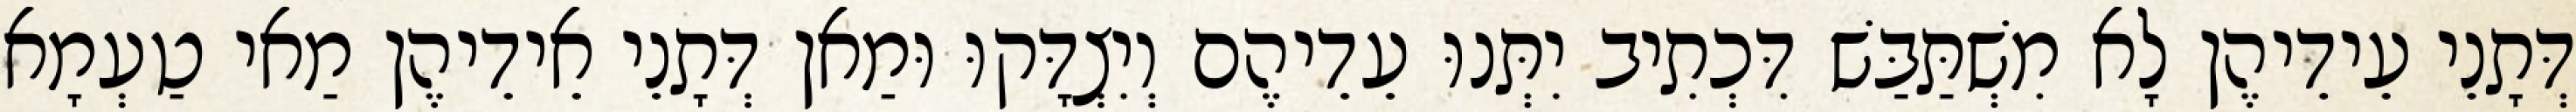
דְּתָנֵי עֵידֵיהֶן לָא מִשְׁתַּבַּשׁ דִּכְתִיב יִתְּנוּ עֵדֵיהֶם וְיִצְדָּקוּ וּמַאן דְּתָנֵי אֵידֵיהֶן מַאי טַעְמָא